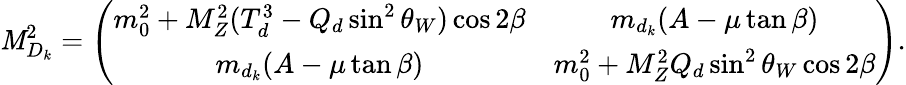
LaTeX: {\cal\mathit{M}}_{D_{k}}^{2}=\left(\begin{array}{cc}{{m_{0}^{2}+M_{Z}^{2}(T_{d}^{3}-Q_{d}\sin^{2}\theta_{W})\cos 2\beta}}&{{m_{d_{k}}(A-\mu\tan\beta)}}\\ {{m_{d_{k}}(A-\mu\tan\beta)}}&{{m_{0}^{2}+M_{Z}^{2}Q_{d}\sin^{2}\theta_{W}\cos 2\beta}}\end{array}\right).